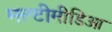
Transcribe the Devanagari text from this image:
मल्टीमीडिआ